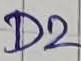
Text: D2